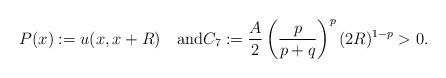
LaTeX: \begin{align*}P(x):=u(x,x+R)\quad\mbox{and}C_7:=\frac{A}{2}\left(\frac{p}{p+q}\right)^p(2R)^{1-p}>0.\end{align*}